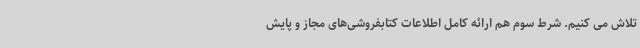
تلاش می کنیم. شرط سوم هم ارائه کامل اطلاعات کتابفروشی‌های مجاز و پایش